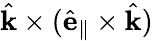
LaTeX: \hat{\mathbf{k}}\times(\hat{\mathbf{e}}_{\parallel}\times\hat{\mathbf{k}})